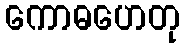
ကောဓဟေတု